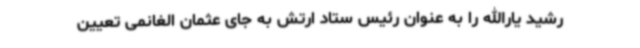
رشید یارالله را به عنوان رئیس ستاد ارتش به جای عثمان الغانمی تعیین